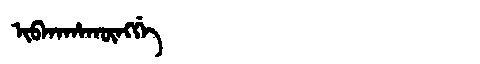
Manchu: ᡳᠪᡴᠠᡥᠠᡴᡡᠩᡤᡝ
Romanization: IBKAHAKŪNGGE